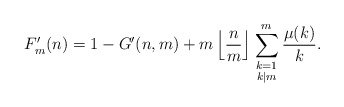
\begin{align*}F'_m(n) = 1 - G'(n,m) + m \left\lfloor \frac{n}{m} \right\rfloor \sum_{\begin{smallmatrix}k=1\\k|m \end{smallmatrix}}^m \frac{\mu(k)}{k}.\end{align*}